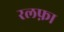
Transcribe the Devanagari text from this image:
रलफ़ा